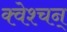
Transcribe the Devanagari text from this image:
क्वेश्चन्‌